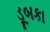
ડૂબકા